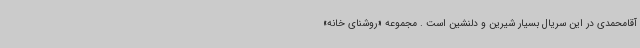
آقامحمدی در این سریال بسیار شیرین و دلنشین است . مجموعه «روشنای خانه»